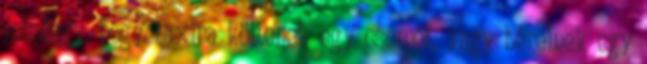
mindegy, hogy taxira költenek egy csomót, vagy bérelnek egy